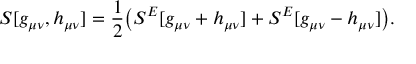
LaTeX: S [ g _ { \mu \nu } , h _ { \mu \nu } ] = \frac { 1 } { 2 } \big ( S ^ { E } [ g _ { \mu \nu } + h _ { \mu \nu } ] + S ^ { E } [ g _ { \mu \nu } - h _ { \mu \nu } ] \big ) .